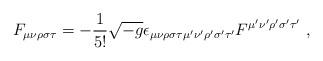
LaTeX: \begin{align*}F_{\mu\nu\rho\sigma\tau}=-\frac{1}{5!}\sqrt{-g}\epsilon_{\mu\nu\rho\sigma\tau\mu'\nu'\rho'\sigma'\tau'}F^{\mu'\nu'\rho'\sigma'\tau'} ~ ,\end{align*}